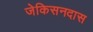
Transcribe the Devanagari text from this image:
जेकिसनदास